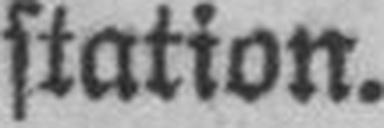
station.